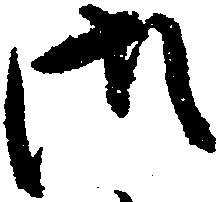
御